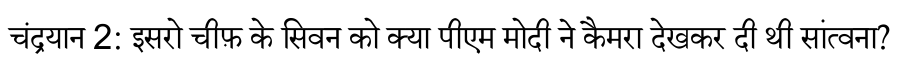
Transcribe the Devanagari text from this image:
चंद्रयान 2: इसरो चीफ़ के सिवन को क्या पीएम मोदी ने कैमरा देखकर दी थी सांत्वना?